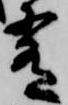
肴